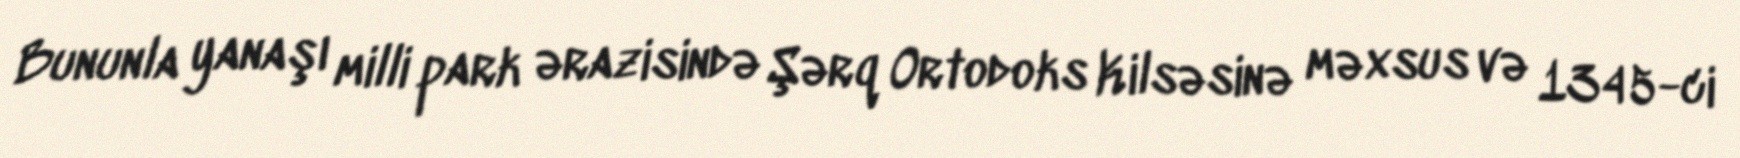
Bununla yanaşı milli park ərazisində Şərq Ortodoks Kilsəsinə məxsus və 1345-ci